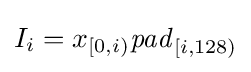
I_{i}=x_{[0,i)}{\mathit {pad}}_{[i,128)}